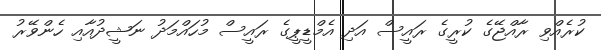
ކުރެއްވި ރާއްޖޭގެ ކުރީގެ ރައީސް އަދި އެމްޑީޕީގެ ރައީސް މުހައްމަދު ނަޝީދުއާއި ހެންވޭރު